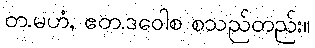
တ.မဟံ, ဧတ.ဒဝေါစ စသည်တည်း။